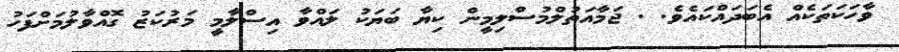
ވާހަކަތަކެއް އެބަދައްކައެވެ. . ޖަމާއަތުލްމުސްލިމީން ކިޔާ ބަޔަކު ލައްވާ އިސްލާމީ މަރުކަޒު ގޮއްވާލުމަށްފަހު